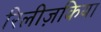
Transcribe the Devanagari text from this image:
रिलीज़किया